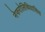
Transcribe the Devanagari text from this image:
नेफरोलिथियासिस